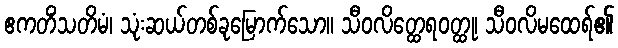
ဧကတိံသတိမံ၊ သုံးဆယ်တစ်ခုမြောက်သော။ သီဝလိတ္ထေရဝတ္ထု၊ သီဝလိမထေရ်၏